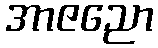
အာဇညော